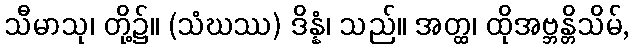
သီမာသု၊ တို့၌။ (သံဃဿ) ဒိန္နံ၊ သည်။ အတ္ထ၊ ထိုအဗ္ဘန္တိသိမ်,